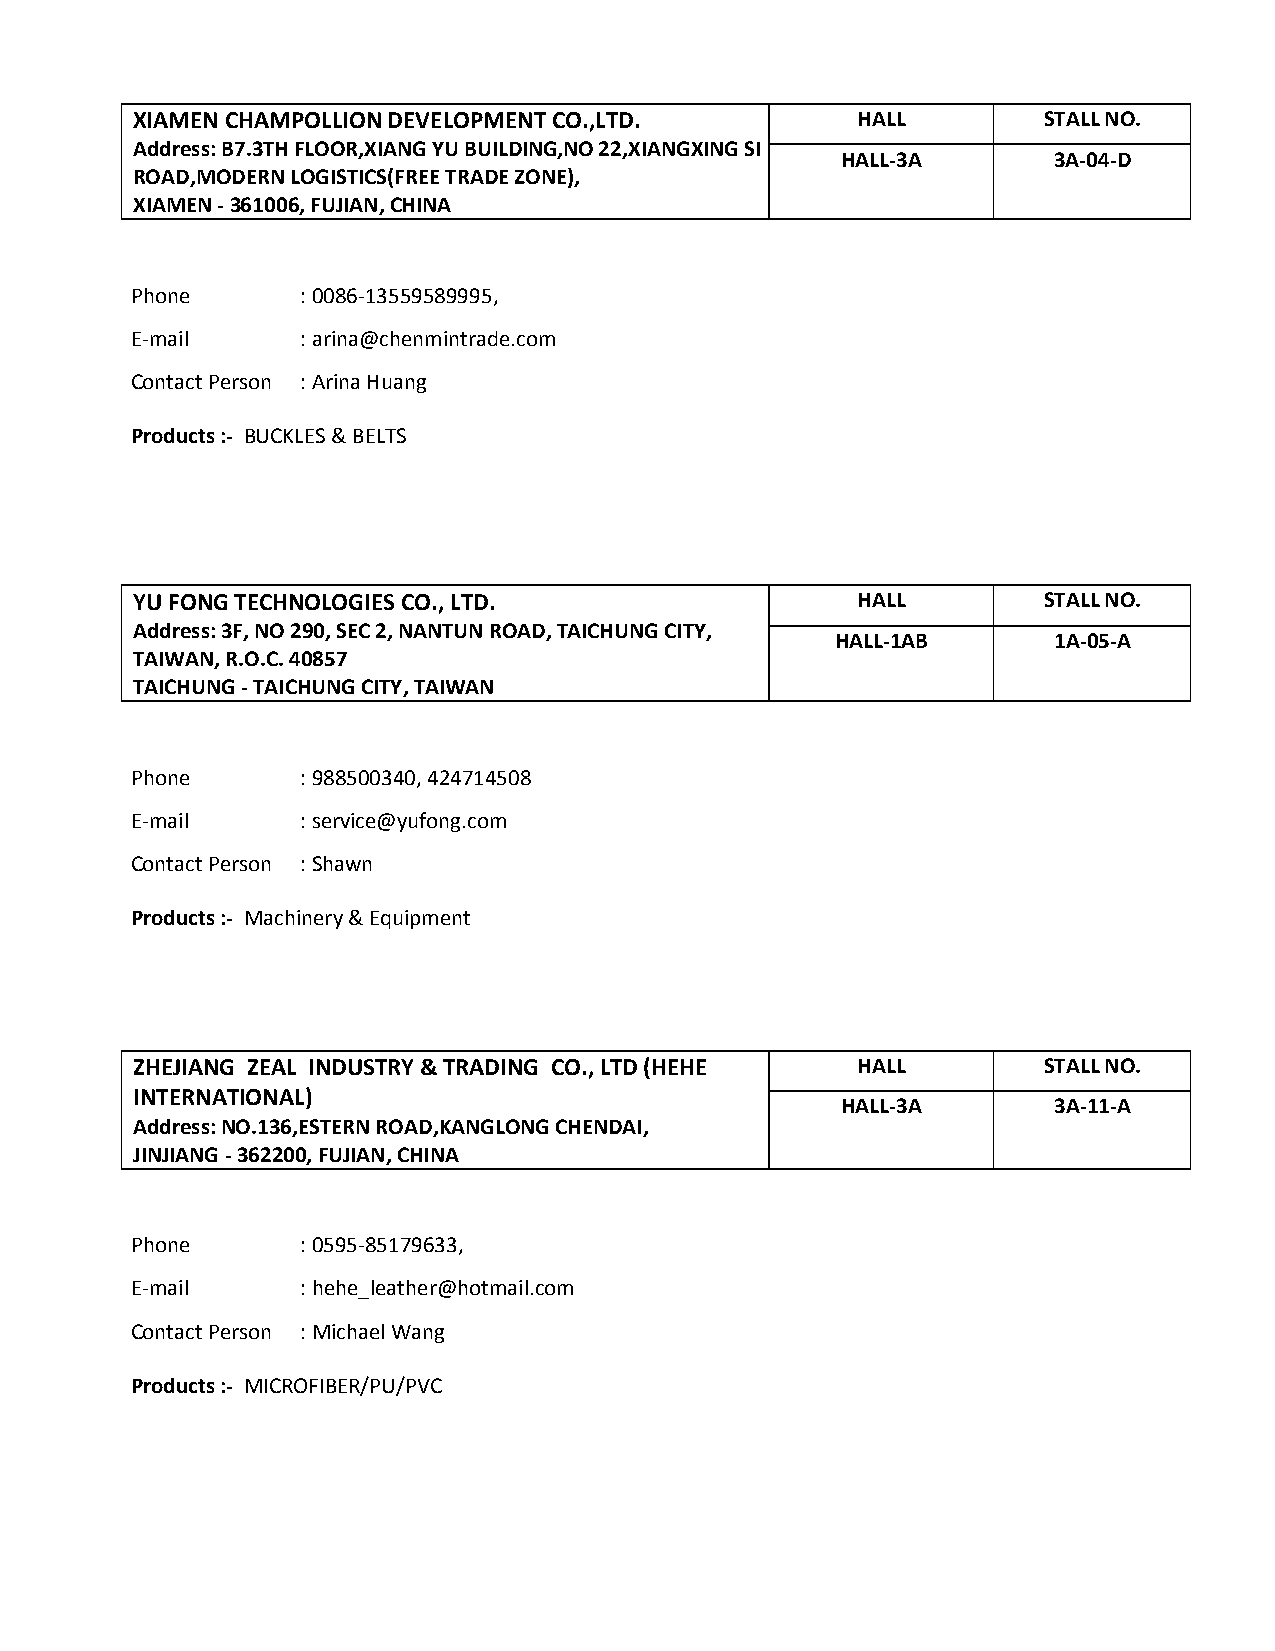
XIAMEN CHAMPOLLION DEVELOPMENT CO.,LTD.         HALL        STALL NO.
 Address: B7.3TH FLOOR,XIANG YU BUILDING,NO 22,XIANGXING SI
 HALL-3A       3A-04-D
 ROAD,MODERN LOGISTICS(FREE TRADE ZONE),
 XIAMEN - 361006, FUJIAN, CHINA
 Phone      : 0086-13559589995,
 E-mail     : arina@chenmintrade.com
 Contact Person : Arina Huang
 Products :- BUCKLES & BELTS
 YU FONG TECHNOLOGIES CO., LTD.                  HALL        STALL NO.
 Address: 3F, NO 290, SEC 2, NANTUN ROAD, TAICHUNG CITY,
 HALL-1AB       1A-05-A
 TAIWAN, R.O.C. 40857
 TAICHUNG - TAICHUNG CITY, TAIWAN
 Phone      : 988500340, 424714508
 E-mail     : service@yufong.com
 Contact Person : Shawn
 Products :- Machinery & Equipment
 ZHEJIANG ZEAL INDUSTRY & TRADING CO., LTD (HEHE HALL        STALL NO.
 INTERNATIONAL)
 HALL-3A       3A-11-A
 Address: NO.136,ESTERN ROAD,KANGLONG CHENDAI,
 JINJIANG - 362200, FUJIAN, CHINA
 Phone      : 0595-85179633,
 E-mail     : hehe_leather@hotmail.com
 Contact Person : Michael Wang
 Products :- MICROFIBER/PU/PVC